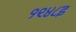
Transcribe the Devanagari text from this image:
१९४८इ